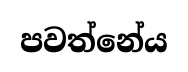
පවත්නේය